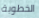
الخطوبة